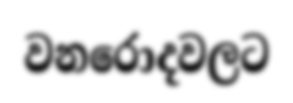
වනරොදවලට